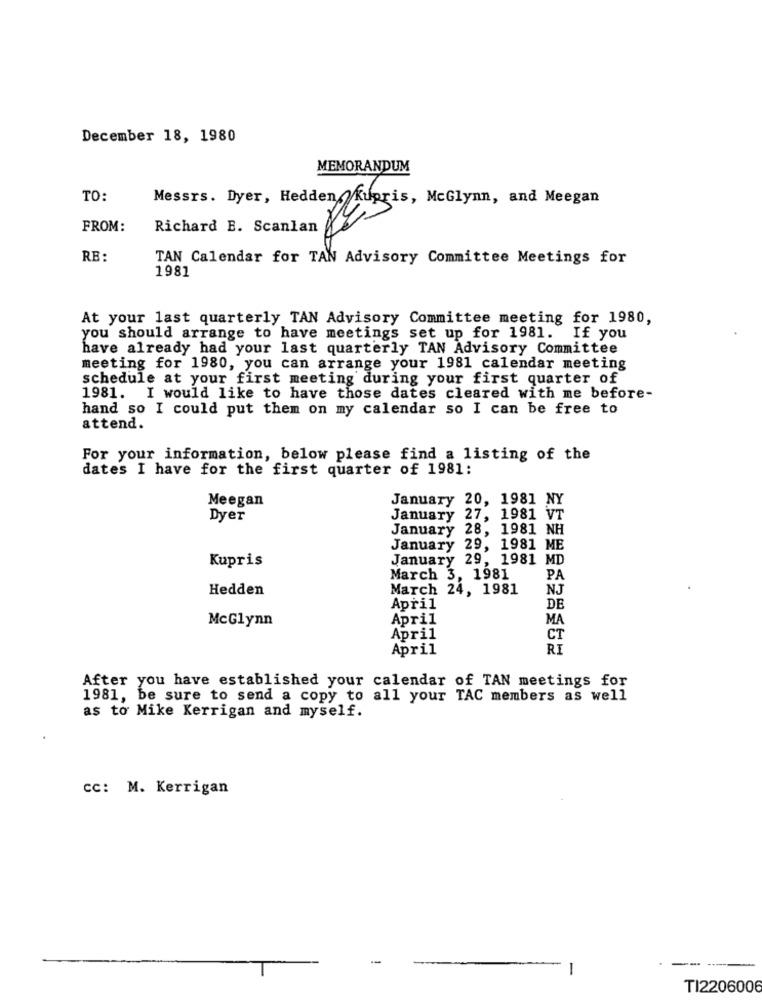
December 18, 1980
MEMORANDUM
TO:
Messrs. Dyer, Hedden Kupris, McGlynn, and Meegan
FROM:
Richard B. Scanlan
RB:
TAN Calendar for TAN Advisory Committee Meetings for
1981
At your last quarterly TAN Advisory Committee meeting for 1980,
you should arrange to have meetings set up for 1981. If you
have already had your last quarterly TAN Advisory Committee
meeting for 1980, you can arrange your 1981 calendar meeting
schedule at your first meeting during your first quarter of
1981. I would like to have those dates cleared with me before-
hand so I could put them on my calendar so I can be free to
attend.
For your information, below please find a listing of the
dates I have for the first quarter of 1981:
Meegan
January 20, 1981 NY
Dyer
January
27, 1981 VT
January 28, 1981 NH
January 29, 1981 ME
Kupris
January 29, 1981 MD
March 3, 1981
PA
Hedden
March 24, 1981
NJ
April
DE
McGlynn
April
MA
April
CT
April
RI
After you have established your calendar of TAN meetings for
1981, be sure to send a copy to all your TAC members as well
as to Mike Kerrigan and myself.
cc: M. Kerrigan
-
-
TI2206006